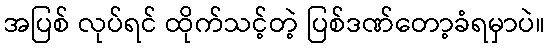
အပြစ် လုပ်ရင် ထိုက်သင့်တဲ့ ပြစ်ဒဏ်တော့ခံရမှာပဲ။